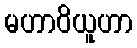
မဟာဝိယူဟာ